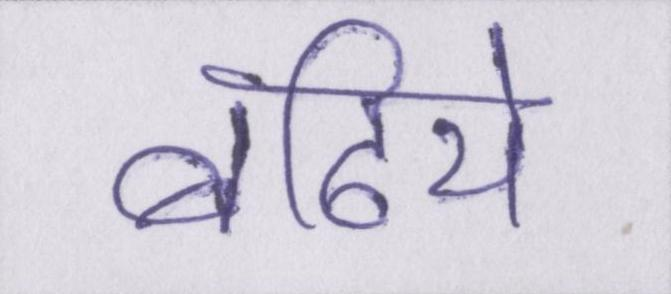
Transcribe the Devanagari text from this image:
बढिये